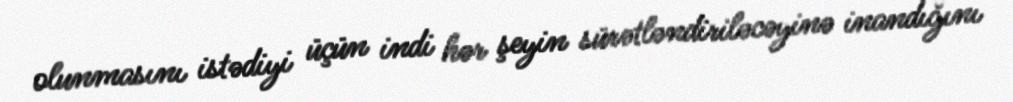
olunmasını istədiyi üçün indi hər şeyin sürətləndiriləcəyinə inandığını